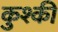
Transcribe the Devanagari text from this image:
कुश्की